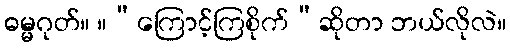
ဓမ္မဂုတ်။ ။“ကြောင့်ကြစိုက်”ဆိုတာ ဘယ်လိုလဲ။